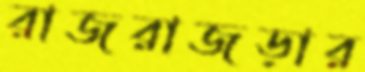
রাজরাজড়ার